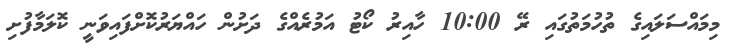
މިމައްސަލައިގެ ތުހުމަތުގައި ރޭ 10:00 ހާއިރު ކޯޓު އަމުރެއްގެ ދަށުން ހައްޔަރުކޮށްފައިވަނީ ކޮލަމާފުށި